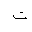
Letter: _ta